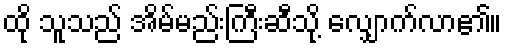
ထို သူသည် အိမ်မည်းကြီးဆီသို့ လျှောက်လာ၏။